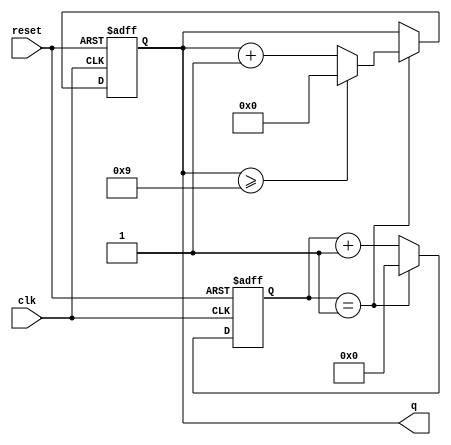
`timescale 1ns / 1ns

module mod10counter(clk,reset,q);
// parameter W=50_000_000;
parameter W=1;

input clk,reset;
output reg [3:0] q;

reg [31:0] one_sec_counter;

always @(posedge (clk) or posedge(reset)) begin: temp1
    if(reset)begin
        one_sec_counter=32'b0;
    end
    else begin
        if(one_sec_counter==W)begin
            one_sec_counter=32'b0;
        end
        else begin 
            one_sec_counter=one_sec_counter+1;
        end
    end
end

always @(posedge (clk) or posedge(reset)) begin:temp2
    if(reset) begin
        q=0;
    end
    else begin 
        if(one_sec_counter==W)begin
            if(q>=9)begin 
                q=0;
            end
            else begin
                q=q+1;
            end
        end
        else begin
            q=q;
        end
    end
end

endmodule